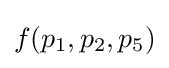
f(p_{1},p_{2},p_{5})